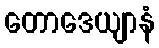
တောဒေယျာနံ